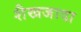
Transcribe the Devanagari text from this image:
शैखजादा